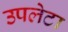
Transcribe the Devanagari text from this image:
उपलेटा